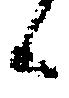
候